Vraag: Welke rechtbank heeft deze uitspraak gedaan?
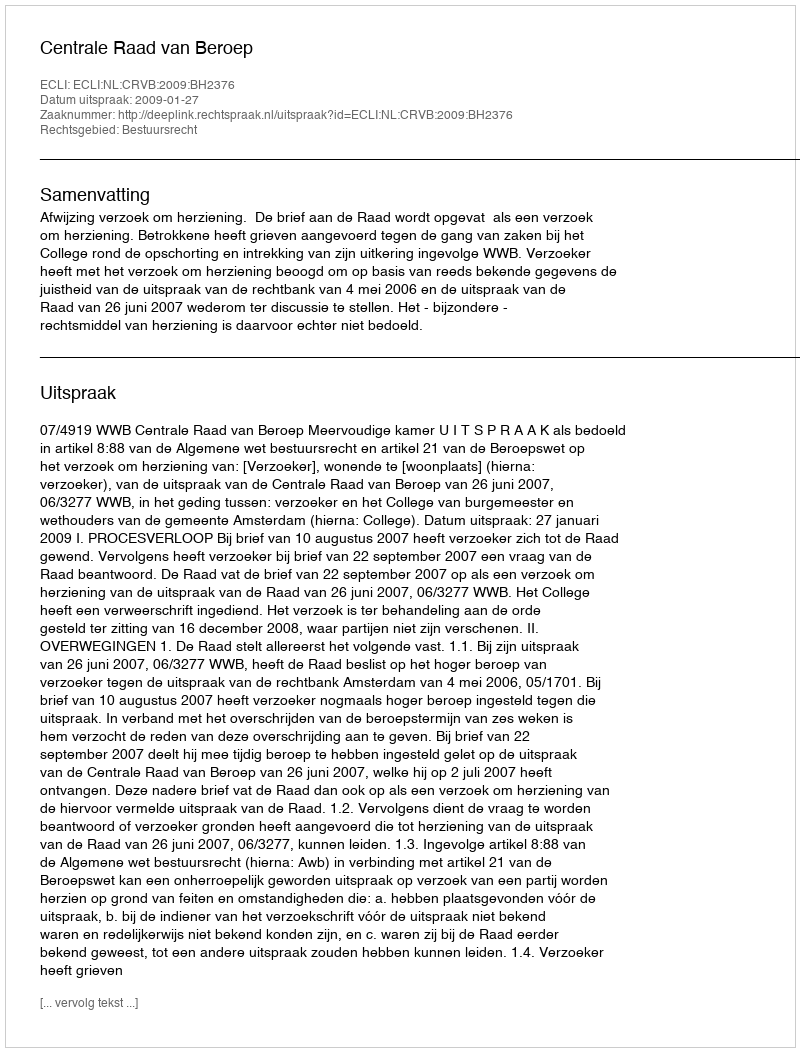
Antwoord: Centrale Raad van Beroep